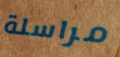
مراسلة